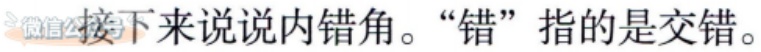
微信公接下来说说内错角。“错”指的是交错。